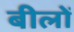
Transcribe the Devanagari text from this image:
बीलों